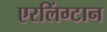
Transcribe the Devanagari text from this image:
एरलिंग्टान